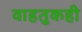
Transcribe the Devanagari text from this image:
वाहतुकही